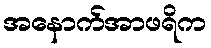
အနောက်အာဖရိက